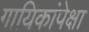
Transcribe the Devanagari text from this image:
गायिकांपेक्षा